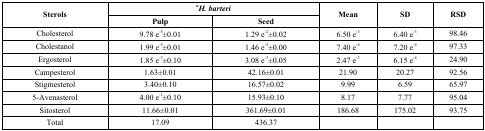
<table><thead><tr><td rowspan="2"><b>Sterols</b></td><td colspan="2"><b><i><sup>a</sup>H. barteri</i></b></td><td rowspan="2"><b>Mean</b></td><td rowspan="2"><b>SD</b></td><td rowspan="2"><b>RSD</b></td></tr><tr><td><b>Pulp</b></td><td><b>Seed</b></td></tr></thead><tbody><tr><td>Cholesterol</td><td>9.78 e<sup>-5</sup>±0.01</td><td>1.29 e<sup>-2</sup>±0.02</td><td>6.50 e<sup>-3</sup></td><td>6.40 e<sup>-3</sup></td><td>98.46</td></tr><tr><td>Cholestanol</td><td>1.99 e<sup>-5</sup>±0.01</td><td>1.46 e<sup>-3</sup>±0.00</td><td>7.40 e<sup>-4</sup></td><td>7.20 e<sup>-4</sup></td><td>97.33</td></tr><tr><td>Ergosterol</td><td>1.85 e<sup>-3</sup>±0.10</td><td>3.08 e<sup>-3</sup>±0.05</td><td>2.47 e<sup>-3</sup></td><td>6.15 e<sup>-4</sup></td><td>24.90</td></tr><tr><td>Campesterol</td><td>1.63±0.01</td><td>42.16±0.01</td><td>21.90</td><td>20.27</td><td>92.56</td></tr><tr><td>Stigmesterol</td><td>3.40±0.10</td><td>16.57±0.02</td><td>9.99</td><td>6.59</td><td>65.97</td></tr><tr><td>5-Avenasterol</td><td>4.00 e<sup>-1</sup>±0.10</td><td>15.93±0.10</td><td>8.17</td><td>7.77</td><td>95.04</td></tr><tr><td>Sitosterol</td><td>11.66±0.01</td><td>361.69±0.01</td><td>186.68</td><td>175.02</td><td>93.75</td></tr><tr><td>Total</td><td>17.09</td><td>436.37</td><td></td><td></td><td></td></tr></tbody></table>